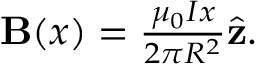
\begin{array} { r } { \mathbf { B } ( x ) = \frac { \mu _ { 0 } I x } { 2 \pi R ^ { 2 } } \hat { \mathbf { z } } . } \end{array}